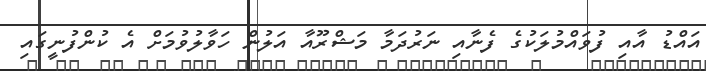
އައްޑު އާއި ފުވައްމުލަކުގެ ފެނާއި ނަރުދަމާ މަޝްރޫއާ އަލުން ހަވާލުވުމަށް އެ ކުންފުނީގައި